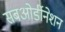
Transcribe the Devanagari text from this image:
सबओर्डीनेशन